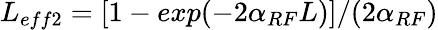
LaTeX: L_{eff2}=[1-exp(-2\alpha_{RF}L)]/(2\alpha_{RF})